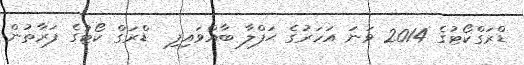
ޑްރަގްކޯޓުގެ 2014 ވަނަ އަހަރުގެ ޙަފްލާ ބާއްވައިފި  ޑްރަގް ކޯޓުގެ ފަރާތުން